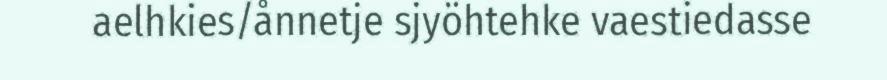
aelhkies/ånnetje sjyöhtehke vaestiedasse